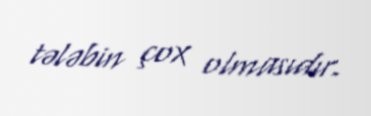
tələbin çox olmasıdır.